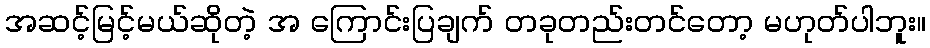
အဆင့်မြင့်မယ်ဆိုတဲ့ အ ကြောင်းပြချက် တခုတည်းတင်တော့ မဟုတ်ပါဘူး။